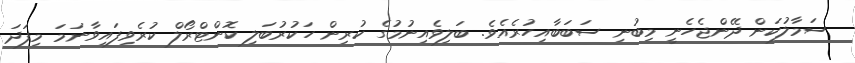
ސަމާލުކަން ދޭންޖެހެނީ މިބުނި ސަބަބާއިހުރެއެެވެ. ބަލިވެއިނުމުގެ ކުރިން ހަކުރުބަލި ކޮންޓްރޯލް ކުރެވިފައިވާނަމަ މިފަދަ